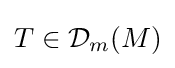
T\in {\mathcal {D}}_{m}(M)